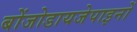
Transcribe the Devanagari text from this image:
बोंजोडायजेपाइनों